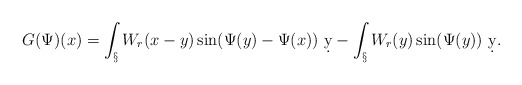
\begin{align*}G(\Psi)(x) = \int_\S W_r(x-y) \sin(\Psi(y)-\Psi(x))\ \d y - \int_\S W_r(y) \sin(\Psi(y))\ \d y.\end{align*}